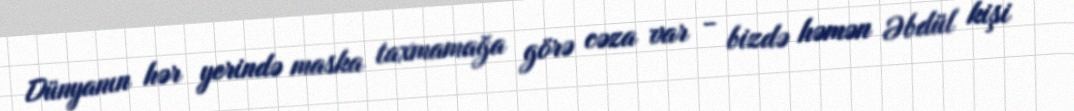
Dünyanın hər yerində maska taxmamağa görə cəza var - bizdə həmən Əbdül kişi